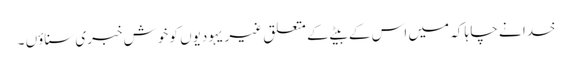
خدا نے چا ہا کہ میں اس کے بیٹے کے متعلق غیر یہودیوں کو خوش خبری سناؤں ۔